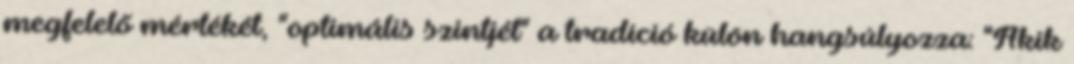
megfelelő mértékét, "optimális szintjét" a tradíció külön hangsúlyozza: "Akik